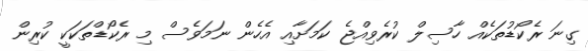
ގިނަ ރެކޯޑުތަކެއް ހާސިލް ކުރެވިއްޖެ ކަމަށާއި އެހެން ނަމަވެސް މި ރެކޯޑްތަކަކީ ކުރިން